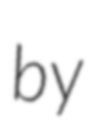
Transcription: by